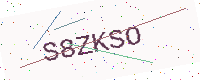
Text: S8ZKSO